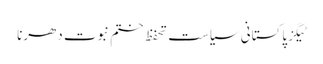
ٹیگزپاکستانی سیاست تحفظ ختم نبوت دھرنا